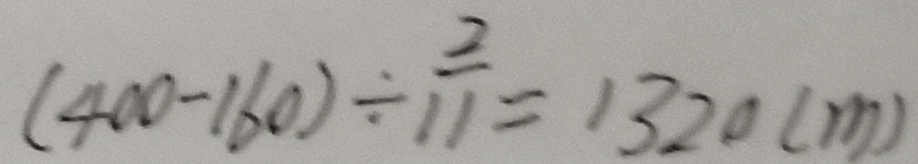
( 4 0 0 - 1 6 0 ) \div \frac { 2 } { 1 1 } = 1 3 2 0 ( m )